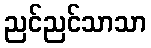
ညင်ညင်သာသာ